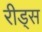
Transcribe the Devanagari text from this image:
रीड्स